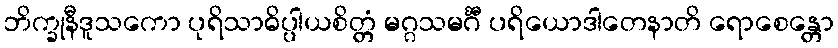
ဘိက္ခုနီဒူသကော ပုရိသာဓိပ္ပါယစိတ္တံ မဂ္ဂသမင်္ဂီ ပရိယောဒါတေနာတိ ရောစေန္တော